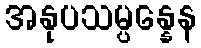
အနုပသမ္ပန္နေန